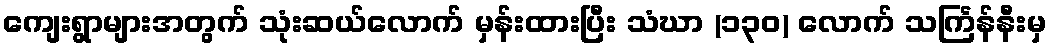
ကျေးရွာများအတွက် သုံးဆယ်လောက် မှန်းထားပြီး သံဃာ (၁၃၀) လောက် သင်္ကြန်နီးမှ